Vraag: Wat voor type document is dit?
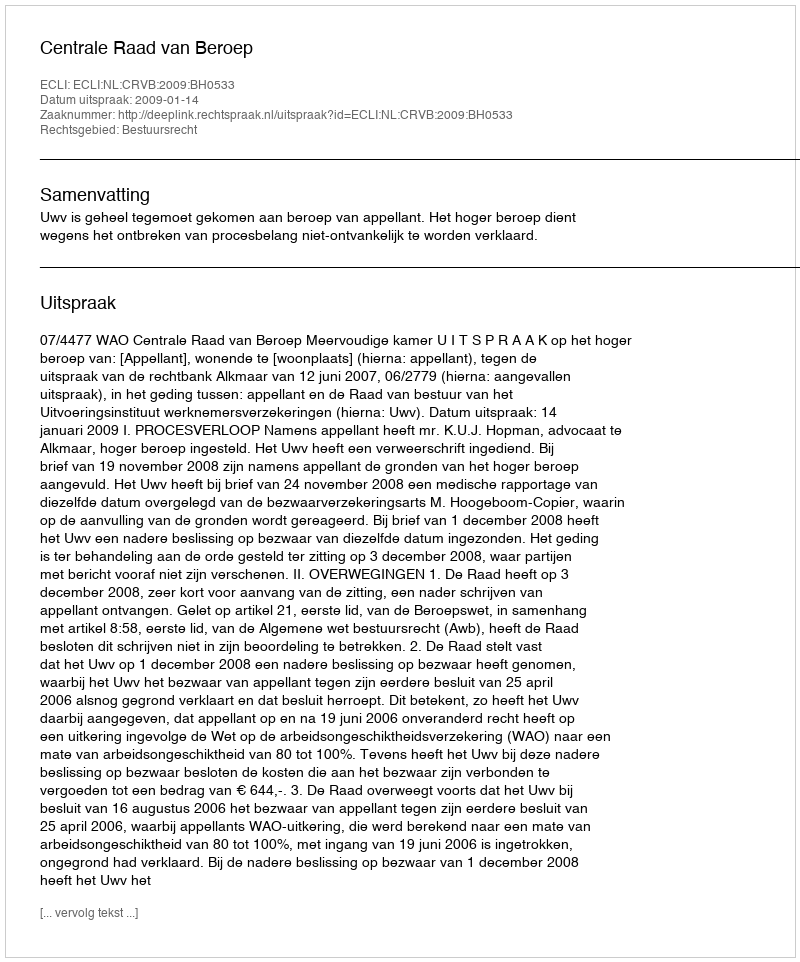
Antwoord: Uitspraak